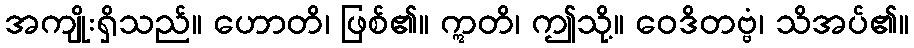
အကျိုးရှိသည်။ ဟောတိ၊ ဖြစ်၏။ ဣတိ၊ ဤသို့။ ဝေဒိတဗ္ဗံ၊ သိအပ်၏။